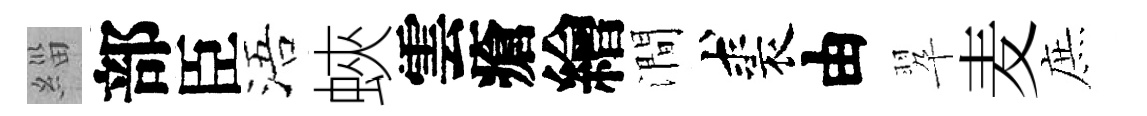
緇部臣浯蛺雲瘡繪澗裘由翆麦庶